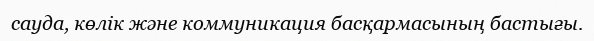
сауда, көлік және коммуникация басқармасының бастығы.